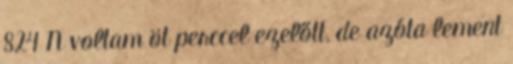
824 N voltam öt perccel ezelőtt, de azóta lement